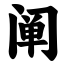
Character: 阐